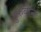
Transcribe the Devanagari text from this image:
हुर्रुकेन